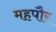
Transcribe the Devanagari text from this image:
महपौर